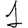
Digit: 1